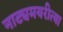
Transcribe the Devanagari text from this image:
नाट्यमयरीत्या